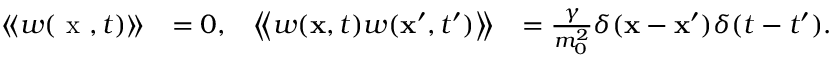
\begin{array} { r l r l } { \left\langle \! \left\langle w ( \textrm { x } , t ) \right\rangle \! \right\rangle } & { = 0 , } & { \left\langle \! \left\langle w ( \mathbf { x } , t ) w ( \mathbf { x } ^ { \prime } , { t ^ { \prime } } ) \right\rangle \! \right\rangle } & { = { \frac { \gamma } { m _ { 0 } ^ { 2 } } } \delta ( \mathbf { x } - \mathbf { x } ^ { \prime } ) \delta ( t - { t ^ { \prime } } ) . } \end{array}